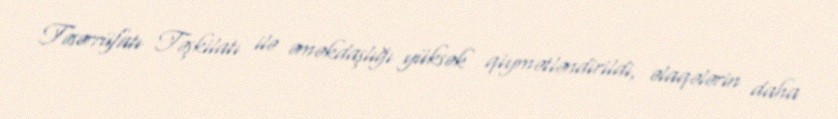
Təsərrüfatı Təşkilatı ilə əməkdaşlığı yüksək qiymətləndirildi, əlaqələrin daha